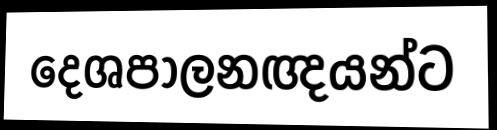
දෙශපාලනඥයන්ට